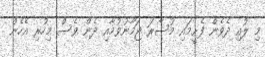
މި ލުއި ދެވެން ފެށީމައި މުސާރަ ޖަމާނުވުމާއި ދެން ވެސް މިހުރި އެހެން